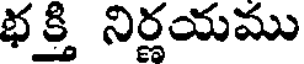
భక్తి నిర్ణయము